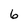
Character: 6